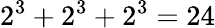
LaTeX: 2^{3}+2^{3}+2^{3}=24